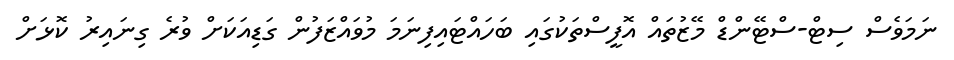
ނަމަވެސް ސިޓް-ސްޓޭންޑް މޭޒުތައް އޮފީސްތަކުގައި ބަހައްޓައިފިނަމަ މުވަައްޒަފުން ގަޑިއަކަށް ވުރެ ގިނައިރު ކޮޅަށް